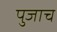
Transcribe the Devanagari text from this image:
पुजाच